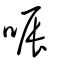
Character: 㖘